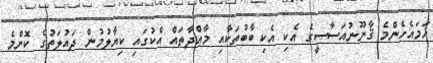
ހަމައެހެންމެ ޤާނޫނުއަސާސީގެ އެކި އެކި ބާބުތަކާއި މާއްދާތައް އެކުގައި ކިޔާލުމުން ދައުލަތުގެ ކޮންމެ